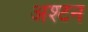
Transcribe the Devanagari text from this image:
अश्टन